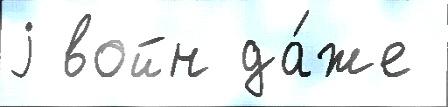
j войн да́же